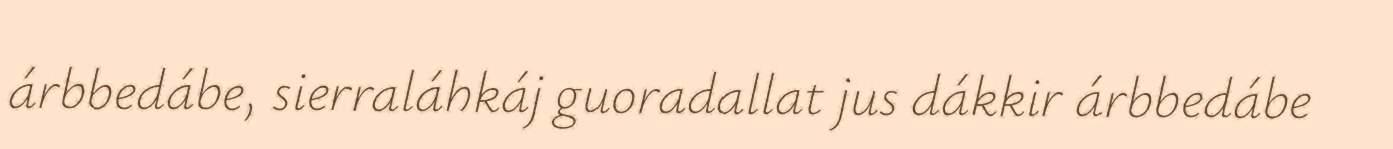
árbbedábe, sierraláhkáj guoradallat jus dákkir árbbedábe